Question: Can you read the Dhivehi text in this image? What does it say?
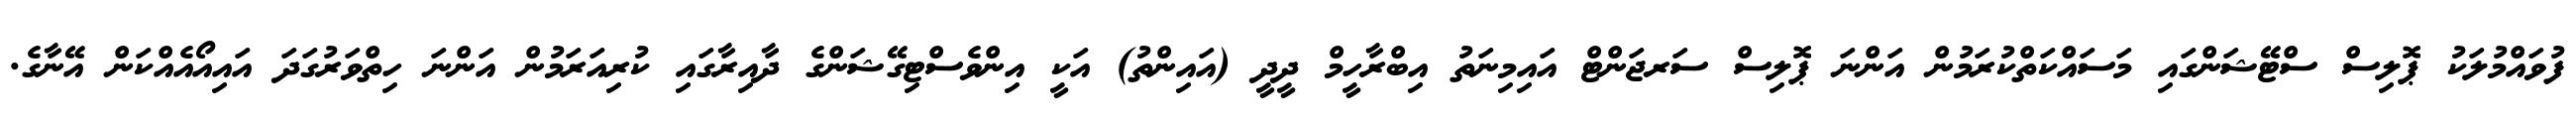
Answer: ފުވައްމުލަކު ޕޮލިސް ސްޓޭޝަންގައި މަސައްކަތްކުރަމުން އަންނަ ޕޮލިސް ސަރޖަންޓް އައިމިނަތު އިބްރާހީމް ދީދީ (އައިންތު) އަކީ އިންވެސްޓިގޭޝަންގެ ދާއިރާގައި ކުރިއަރަމުން އަންނަ ހިތްވަރުގަދަ އައިއޯއެއްކަން އޭނާގެ.